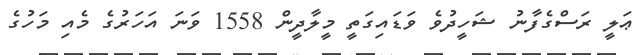
ޢަލީ ރަސްގެފާނު ޝަހީދުވެ ވަޑައިގަތީ މީލާދީން 1558 ވަނަ އަހަރުގެ މެއި މަހުގެ